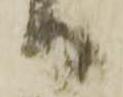
日